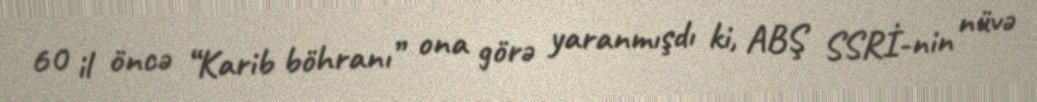
60 il öncə “Karib böhranı” ona görə yaranmışdı ki, ABŞ SSRİ-nin nüvə